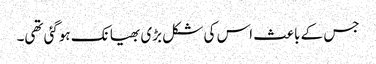
جس کے باعث اس کی شکل بڑی بھیانک ہوگئی تھی۔